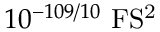
1 0 ^ { - 1 0 9 / 1 0 } ~ \mathrm { F S ^ { 2 } }